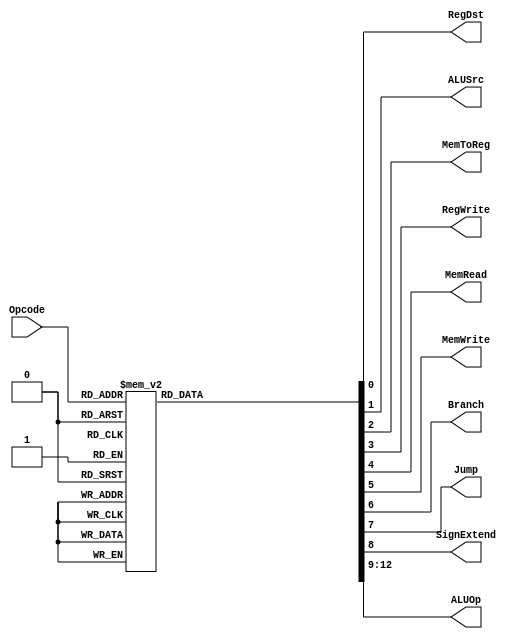
`timescale 1ns / 1ps
//////////////////////////////////////////////////////////////////////////////////
// Company: 
// Engineer: 
// 
// Design Name: 
// Module Name:    SingleCycleControl 
// Project Name: 
// Target Devices: 
// Tool versions: 
// Description: 
//
// Dependencies: 
//
// Revision: 
// Revision 0.01 - File Created
// Additional Comments: 
//
//////////////////////////////////////////////////////////////////////////////////
`define RTYPEOPCODE 6'b000000
`define LWOPCODE        6'b100011
`define SWOPCODE        6'b101011
`define BEQOPCODE       6'b000100
`define JOPCODE     6'b000010
`define ORIOPCODE       6'b001101
`define ADDIOPCODE  6'b001000
`define ADDIUOPCODE 6'b001001
`define ANDIOPCODE  6'b001100
`define LUIOPCODE       6'b001111
`define SLTIOPCODE  6'b001010
`define SLTIUOPCODE 6'b001011
`define XORIOPCODE  6'b001110

`define AND     4'b0000
`define OR      4'b0001
`define ADD     4'b0010
`define SLL     4'b0011
`define SRL     4'b0100
`define SUB     4'b0110
`define SLT     4'b0111
`define ADDU    4'b1000
`define SUBU    4'b1001
`define XOR     4'b1010
`define SLTU    4'b1011
`define NOR     4'b1100
`define SRA     4'b1101
`define LUI     4'b1110
`define FUNC    4'b1111

module SingleCycleControl(RegDst, ALUSrc, MemToReg, RegWrite, MemRead, MemWrite, Branch, Jump, SignExtend, ALUOp, Opcode);
   input [5:0] Opcode;
   output RegDst;
   output ALUSrc;
   output MemToReg;
   output RegWrite;
   output MemRead;
   output MemWrite;
   output Branch;
   output Jump;
    output SignExtend;
   output [3:0] ALUOp;
     
    reg RegDst, ALUSrc, MemToReg, RegWrite, MemRead, MemWrite, Branch, Jump, SignExtend;
    reg  [3:0] ALUOp;
    always @ (Opcode) begin
        case(Opcode)
            `RTYPEOPCODE: begin
                RegDst <= 1'b1;
                ALUSrc <=  1'b0;
                MemToReg <= 1'b0;
                RegWrite <=  1'b1;
                MemRead <=  1'b0;
                MemWrite <=  1'b0;
                Branch <=  1'b0;
                
                Jump <=  1'b0;
                SignExtend <=  1'b0;
                ALUOp <=  `FUNC;
            end
            
            `LWOPCODE: begin
                            RegDst <= 1'b0;
                            ALUSrc <= 1'b1;
                            MemToReg <=  1'b1;
                            RegWrite <= 1'b1;
                            MemRead <=  1'b1;
                            MemWrite <=  1'b0;
                            Branch <=  1'b0;
                            Jump <= 1'b0;
                            ALUOp <= `ADD;
                            
                            SignExtend <= 1'b1;
                            
             end
             
             `SWOPCODE: begin
                             RegDst <= 1'b0;
                             ALUSrc <= 1'b1;
                             MemToReg <= 1'b1;
                             RegWrite <= 1'b0;
                             MemRead <= 1'b0;
                             MemWrite <= 1'b1;
                             Branch <= 1'b0; 
                             Jump <=  1'b0;
                             ALUOp <=  `ADD;
                             
                             SignExtend <=  1'b1;
                            
               end
            
             `BEQOPCODE: begin
                               RegDst <=  1'b0;
                               ALUSrc <=  1'b0;
                               MemToReg <=  1'b0;
                               RegWrite <=  1'b0;
                               MemRead <=  1'b0;
                               MemWrite <=  1'b0;
                               Branch <=  1'b1;  
                               Jump <=  1'b0;
                               ALUOp <=  `SUB;
                               
                               SignExtend <=  1'b1; //changed later
                               
                 end    
                        
             `JOPCODE: begin
                                   RegDst <=  1'b0;
                                   ALUSrc <=  1'b0;
                                   MemToReg <=  1'b0;
                                   RegWrite <=  1'b0;
                                   MemRead <=  1'b0;
                                   MemWrite <=  1'b0;
                                   Branch <=  1'b0;
                                   Jump <=  1'b1;
                                   SignExtend <=  1'b1;
                                   ALUOp <=  `AND;
                     end 
                        
             `ORIOPCODE: begin
                                   RegDst <=  1'b0;
                                   ALUSrc <=  1'b1;
                                   MemToReg <=  1'b0;
                                   RegWrite <=  1'b1;
                                   MemRead <=  1'b0;
                                   MemWrite <=  1'b0;
                                   Branch <=  1'b0;
                                   Jump <=  1'b0;
                                   SignExtend <=  1'b0;
                                   ALUOp <= `OR;
                         end
                              
             `ADDIOPCODE: begin
                                   RegDst <=  1'b0;
                                   ALUSrc <=  1'b1;
                                   MemToReg <=  1'b0;
                                   RegWrite <=  1'b1;
                                   MemRead <=  1'b0;
                                   MemWrite <=  1'b0;
                                   Branch <=  1'b0;
                                   Jump <=  1'b0;
                                   SignExtend <=  1'b1;
                                   ALUOp <=  `ADD;
                         end             
                                     
             `ADDIUOPCODE: begin
                                   RegDst <=  1'b0;
                                   ALUSrc <=  1'b1;
                                   MemToReg <=  1'b0;
                                   RegWrite <=  1'b1;
                                   MemRead <=  1'b0;
                                   MemWrite <=  1'b0;
                                   Branch <=  1'b0;
                                   Jump <=  1'b0;
                                   SignExtend <=  1'b0; //changed later
                                   ALUOp <= `ADDU;
                           end   
                           
             `ANDIOPCODE: begin
                                     RegDst <=  1'b0;
                                     ALUSrc <=  1'b1;
                                     MemToReg <=  1'b0;
                                     RegWrite <=  1'b1;
                                     MemRead <=  1'b0;
                                     MemWrite <=  1'b0;
                                     Branch <=  1'b0;
                                     Jump <=  1'b0;
                                     SignExtend <=  1'b0;
                                     ALUOp <=  `AND;
                             end  
                                         
             `LUIOPCODE: begin
                                   RegDst <=  1'b0;//changed
                                   ALUSrc <=  1'b1;
                                   MemToReg <=  1'b0;
                                   RegWrite <=  1'b1;
                                   MemRead <=  1'b0;
                                   MemWrite <=  1'b0;
                                   Branch <=  1'b0;
                                   Jump <=  1'b0;
                                   SignExtend <= 1'b0;//changed
                                   ALUOp <=  `LUI;
                           end  
                                                       
             `SLTIOPCODE: begin
                                 RegDst <=  1'b0;
                                 ALUSrc <=  1'b1;
                                 MemToReg <=  1'b0;
                                 RegWrite <=  1'b1;
                                 MemRead <=  1'b0;
                                 MemWrite <=  1'b0;
                                 Branch <=  1'b0;
                                 Jump <=  1'b0;
                                 SignExtend <= 1'b1;
                                 ALUOp <= `SLT;
                         end  
             `SLTIUOPCODE: begin
                                   RegDst <= 1'b0;
                                   ALUSrc <=  1'b1;
                                   MemToReg <=  1'b0;
                                   RegWrite <=  1'b1;
                                   MemRead <=  1'b0;
                                   MemWrite <=  1'b0;
                                   Branch <=  1'b0;
                                   Jump <=  1'b0;
                                   SignExtend <=  1'b1;
                                   ALUOp <=  `SLTU;
                           end

             `XORIOPCODE: begin
                                     RegDst <=  1'b0;
                                     ALUSrc <=  1'b1;
                                     MemToReg <=  1'b0;
                                     RegWrite <=  1'b1;
                                     MemRead <=  1'b0;
                                     MemWrite <=  1'b0;
                                     Branch <=  1'b0;
                                     Jump <=  1'b0;
                                     SignExtend <=  1'b0; //changed 
                                     ALUOp <= `XOR;
                             end                                                                                                                                                                                                                                                                                                                                                                                       
    

            default: begin
                RegDst <=  1'bx;
                ALUSrc <=  1'bx;
                MemToReg <=  1'bx;
                RegWrite <=  1'bx;
                MemRead <=  1'bx;
                MemWrite <=  1'bx;
                Branch <=  1'bx;
                Jump <=  1'bx;
                SignExtend <= 1'bx;
                ALUOp <=  4'bxxxx;
            end
        endcase
    end
endmodule